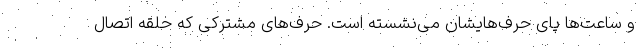
و ساعت‌ها پای حرف‌هایشان می‌نشسته است. حرف‌های مشترکی که حلقه اتصال